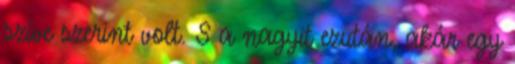
szíve szerint volt. S a nagyit ezután, akár egy